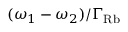
( \omega _ { 1 } - \omega _ { 2 } ) / \Gamma _ { \mathrm { R b } }